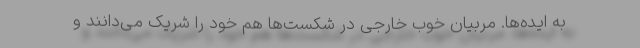
به ایده‌ها. مربیان خوب خارجی در شکست‌ها هم خود را شریک می‌دانند و